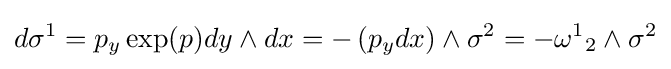
d\sigma ^{1}=p_{y}\exp(p)dy\wedge dx=-\left(p_{y}dx\right)\wedge \sigma ^{2}=-{\omega ^{1}}_{2}\wedge \sigma ^{2}